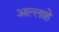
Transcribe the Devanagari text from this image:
अल्लाहे